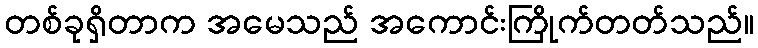
တစ်ခုရှိတာက အမေသည် အကောင်းကြိုက်တတ်သည်။